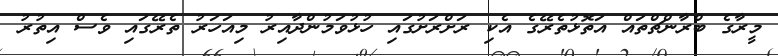
މީރާގެ ބްރާންޗްތައް އަތޮޅުތެރޭގެ އެކި ރަށްރަށުގައި ހުޅުވަމުންދާއިރު މިއަހަރު ތެރޭގައި ވެސް އިތުރު